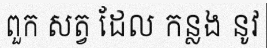
ពួក សត្វ ដែល កន្លង នូវ